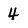
Character: 4